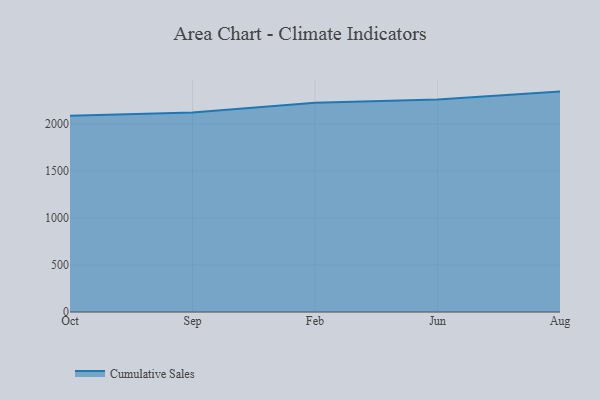
{"axis": {"x": "Month", "y": "Market Share (%)"}, "legend": ["Cumulative Sales"], "data": [{"x": "Oct", "y": 2084.5, "type": "Cumulative Sales"}, {"x": "Sep", "y": 2120.5, "type": "Cumulative Sales"}, {"x": "Feb", "y": 2223.8, "type": "Cumulative Sales"}, {"x": "Jun", "y": 2258.8, "type": "Cumulative Sales"}, {"x": "Aug", "y": 2342.5, "type": "Cumulative Sales"}]}